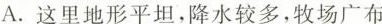
A.这里地形平坦，降水较多，牧场广布